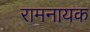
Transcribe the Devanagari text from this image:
रामनायक